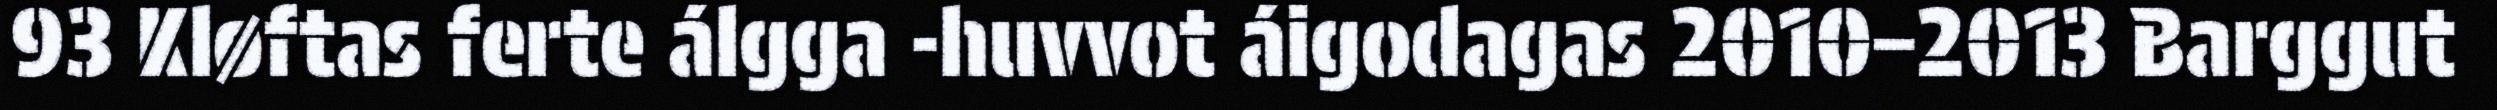
93 Kløftas ferte álgga -huvvot áigodagas 2010–2013 Barggut